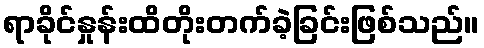
ရာခိုင်နှုန်းထိတိုးတက်ခဲ့ခြင်းဖြစ်သည်။